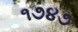
૧૭૪૭